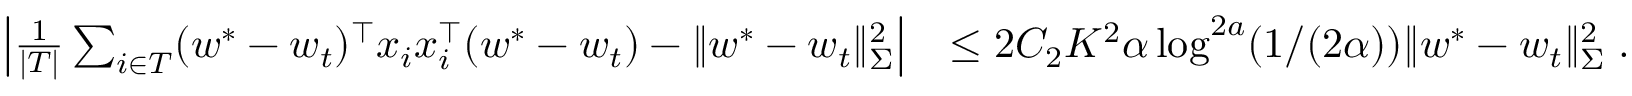
\begin{array} { r l } { \left| \frac { 1 } { | T | } \sum _ { i \in T } ( w ^ { * } - w _ { t } ) ^ { \top } x _ { i } x _ { i } ^ { \top } ( w ^ { * } - w _ { t } ) - \| w ^ { * } - w _ { t } \| _ { \Sigma } ^ { 2 } \right| } & { \leq 2 C _ { 2 } K ^ { 2 } \alpha \log ^ { 2 a } ( 1 / ( 2 \alpha ) ) \| w ^ { * } - w _ { t } \| _ { \Sigma } ^ { 2 } \; . } \end{array}